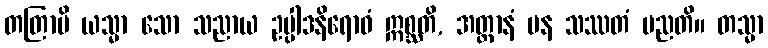
တတြာပိ ယသ္မာ သော သညာယ ဥပ္ပါဒနိရောဓံ ဣစ္ဆတိ, အတ္တာနံ ပန သဿတံ မညတိ။ တသ္မာ